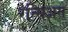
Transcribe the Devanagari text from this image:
रेत्सिअस